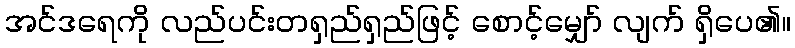
အင်ဒရေကို လည်ပင်းတရှည်ရှည်ဖြင့် စောင့်မျှော် လျက် ရှိပေ၏။